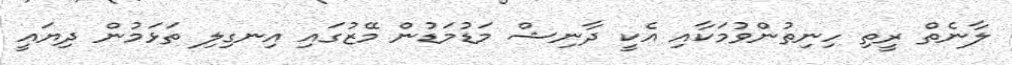
ލާނެތް ރީތި ހިނިތުންވުމަކާއި އެކީ ދާނިޝް މަޑުމަޑުން މޭޒުގައި އިނގިލި ތަޅަމުން ދިޔައީ